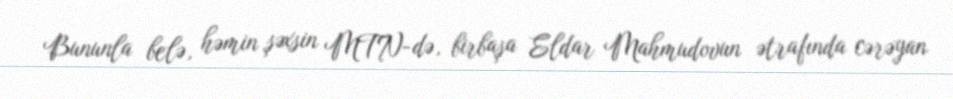
Bununla belə, həmin şəxsin MTN-də, birbaşa Eldar Mahmudovun ətrafında cərəyan